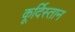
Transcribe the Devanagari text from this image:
कूर्दिस्तान